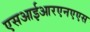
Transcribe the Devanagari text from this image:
एसआईआरएनएएस